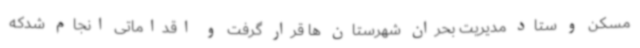
مسکن و ستاد مدیریت بحران شهرستان ها قرار گرفت و اقداماتی انجام شدکه